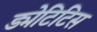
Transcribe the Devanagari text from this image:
ड्मेटिटिस